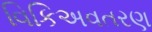
વિકિઅવતરણ